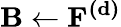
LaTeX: \mathbf{B}\gets\mathbf{\mathbf{F^{(d)}}}